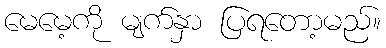
မေမေ့ကို မျက်နှာ ပြရတော့မည်။